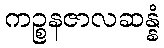
ကဉ္စနဇာလဆန္နံ